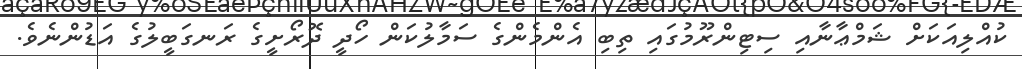
ކުއްލިއަކަށް ޝަމްޢާނާއި ސިޓިންރޫމުގައި ތިބި އެންމެންގެ ސަމާލުކަން ހޯދީ ދޮރޯށީގެ ރަނގަބީލުގެ އަޑުންނެވެ.